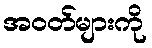
အဝတ်များကို